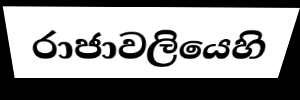
රාජාවලියෙහි